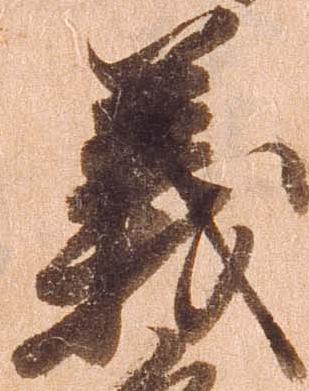
義